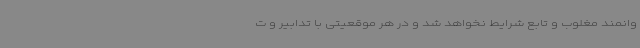
وانمند مغلوب و تابع شرایط نخواهد شد و در هر موقعیتی با تدابیر و ت